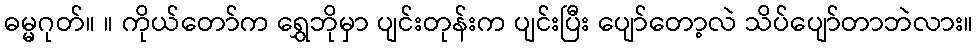
ဓမ္မဂုတ်။ ။ ကိုယ်တော်က ရွှေဘိုမှာ ပျင်းတုန်းက ပျင်းပြီး ပျော်တော့လဲ သိပ်ပျော်တာဘဲလား။